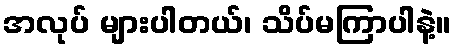
အလုပ် များပါတယ်၊ သိပ်မကြာပါနဲ့။